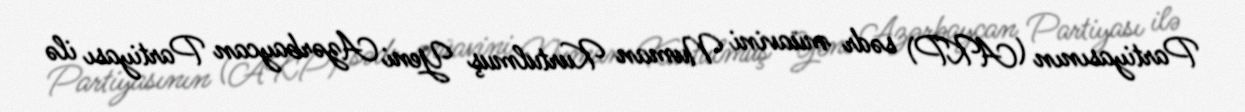
Partiyasının (AKP) sədr müavini Numan Kurtulmuş Yeni Azərbaycan Partiyası ilə